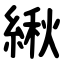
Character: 䋺